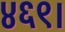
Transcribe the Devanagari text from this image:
४६९।